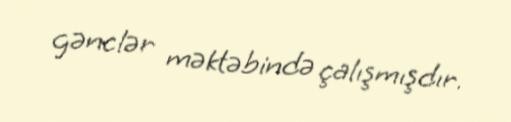
gənclər məktəbində çalışmışdır.